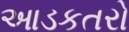
આડકતરો